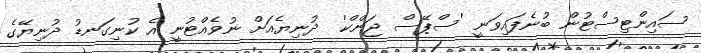
ސައިންޓިސްޓުން ބުނެފައިވަނީ 'ސްޕޭސް ޖަންކް'  ދުނިޔެއަށް ނުވެއްޓުނީ އެ ކުނިގަނޑު ދުނިޔޭގެ